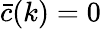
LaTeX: \bar{c}(k)=0